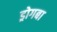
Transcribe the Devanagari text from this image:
ड्रोगबा